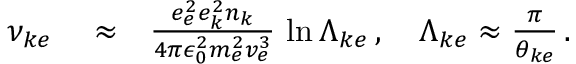
\begin{array} { r l r } { \nu _ { k e } } & { { } \approx } & { \frac { e _ { e } ^ { 2 } e _ { k } ^ { 2 } n _ { k } } { 4 \pi \epsilon _ { 0 } ^ { 2 } m _ { e } ^ { 2 } v _ { e } ^ { 3 } } \, \ln \Lambda _ { k e } \, , \quad \Lambda _ { k e } \approx \frac { \pi } { \theta _ { k e } } \, . } \end{array}